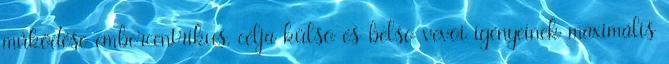
mûködése embercentrikus, célja külsõ és belsõ vevõi igényeinek maximális